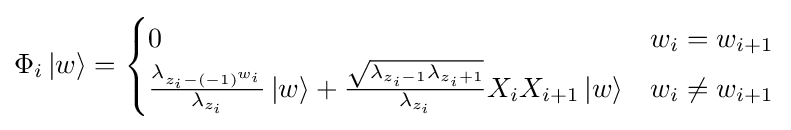
\Phi _{i}\left|w\right\rangle ={\begin{cases}0&w_{i}=w_{i+1}\\{\frac {\lambda _{z_{i}-\left(-1\right)^{w_{i}}}}{\lambda _{z_{i}}}}\left|w\right\rangle +{\frac {\sqrt {\lambda _{z_{i}-1}\lambda _{z_{i}+1}}}{\lambda _{z_{i}}}}X_{i}X_{i+1}\left|w\right\rangle &w_{i}\neq w_{i+1}\end{cases}}